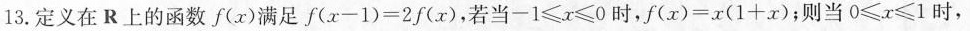
13.定义在R上的函数f(x)满足 $$f ( x - 1 ) = 2 f ( x )$$，若当 $$- 1 ≤ x ≤ 0$$时，$$f ( x ) = x ( 1 + x )$$；则当 $$0 ≤ x ≤ 1$$ 时，